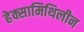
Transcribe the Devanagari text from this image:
हेक्सामिथिलीन